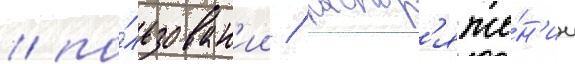
/ по́льзован'ии / распор'яже́н'ии